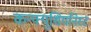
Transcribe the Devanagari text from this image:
कन्फ्यूशियनिस्ट